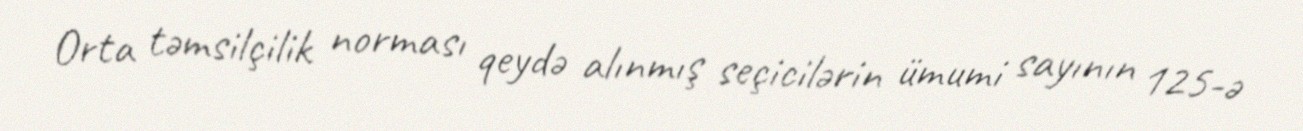
Orta təmsilçilik norması qeydə alınmış seçicilərin ümumi sayının 125-ə